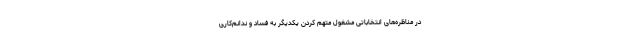
در مناظره‌های انتخاباتی مشغول متهم کردن یکدیگر به فساد و ندانم‌کاری